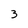
Character: 3